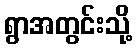
ရွာအတွင်းသို့